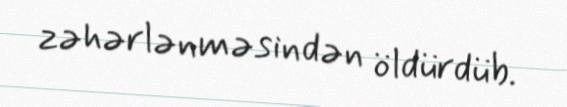
zəhərlənməsindən öldürdüb.